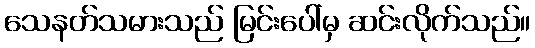
သေနတ်သမားသည် မြင်းပေါ်မှ ဆင်းလိုက်သည်။